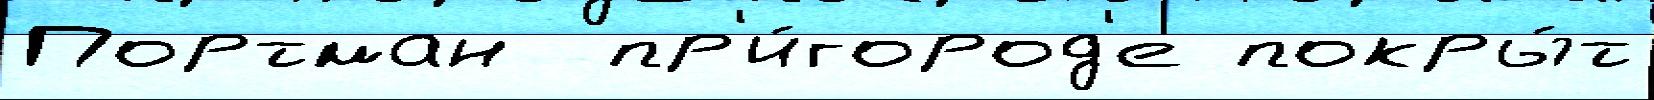
Портман  пр'и́город'е покры́т